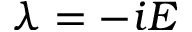
\lambda = - i E